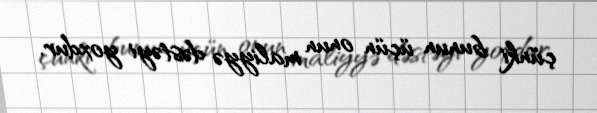
çünki bunun üçün onun maliyyə dəstəyi yoxdur.